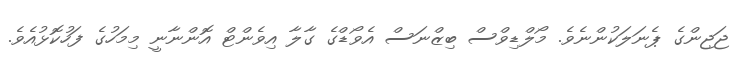
ޖަޖިންގެ ޕެނަލަކުންނެވެ. މޯލްޑިވްސް ބިޒްނަސް އެވޯޑްގެ ގާލާ އިވެންޓް އޮންނާނީ މިމަހުގެ ފަހުކޮޅުއެވެ.